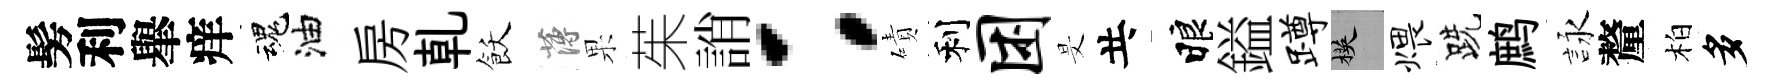
髣利𦦙痒魂油房乹飫薄果茱誚：磧利困旻共睱鎰蹲楧煨跣鹧詠釐柏多